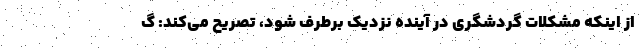
از اینکه مشکلات گردشگری در آینده نزدیک برطرف شود، تصریح می‌کند: گ